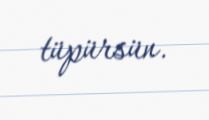
tüpürsün.